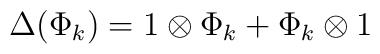
\Delta(\Phi_k) = 1 \otimes \Phi_k + \Phi_k \otimes 1